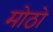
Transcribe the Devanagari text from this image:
मोठो